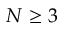
N \ge 3